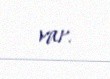
var.